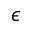
\epsilon